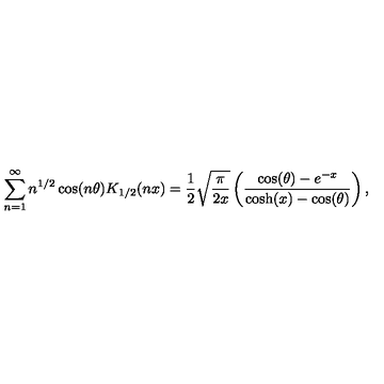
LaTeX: \sum _ { n = 1 } ^ { \infty } n ^ { 1 / 2 } \cos ( n \theta ) K _ { 1 / 2 } ( n x ) = \frac { 1 } { 2 } \sqrt { \frac { \pi } { 2 x } } \left( \frac { \cos ( \theta ) - e ^ { - x } } { \cosh ( x ) - \cos ( \theta ) } \right) , \nonumber